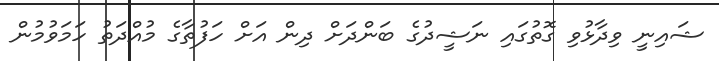
ޝައިނީ ވިދާޅުވި ގޮތުގައި ނަޝީދުގެ ބަންދަށް ދިން އަށް ހަފުތާގެ މުއްދަތު ހަމަވުމުން